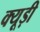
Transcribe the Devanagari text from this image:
क्यूड़ी